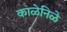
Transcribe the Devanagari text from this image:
काळेनिळे